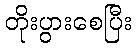
တိုးပွားစေပြီး